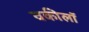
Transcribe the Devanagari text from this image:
वकीलॉ